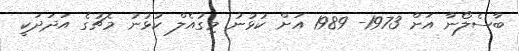
ބާސެލޯނާ އަށް 1973- 1989 އަށް ކުޅުނު މިގުއެލް ކުޅުނު މެޗުގެ އަދަދަކީ